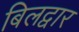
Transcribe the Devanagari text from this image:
बिलद्वार